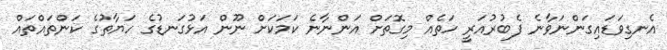
އެނގިވަޑައިގަންނަވާނެ ފެބުރުއަރީ ހަތެއް މިގޮތަށް އަންނާނެ ކަމަކަށް ނޫން އަޅުގަނޑުގެ ހަޔާތުގެ ކަންތައްތައް